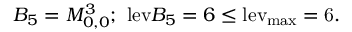
B _ { 5 } = M _ { 0 , 0 } ^ { 3 } ; ~ \mathrm { l e v } { B _ { 5 } } = 6 \le \mathrm { { l e v } _ { \mathrm { { m a x } } } = 6 . }